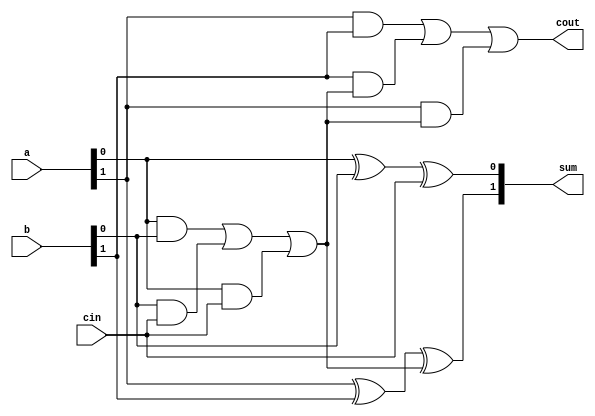
`timescale 1ns / 1ps
//////////////////////////////////////////////////////////////////////////////////
// Company: 
// Engineer: 
// 
// Design Name: 
// Module Name: fulladder
// Project Name: 
// Target Devices: 
// Tool Versions: 
// Description: 
// 
// Dependencies: 
// 
// Revision:
// Revision 0.01 - File Created
// Additional Comments:
// 
//////////////////////////////////////////////////////////////////////////////////



module fulladder    #(parameter N=2)
    (input [N-1:0] a,
    input [N-1:0] b,
    input cin,
    output [N-1:0] sum,
    output cout);
    wire c[N:0];
    genvar i;
    assign c[0]=cin;
    assign cout=c[N];
    generate for(i=0;i<N;i=i+1)
    begin  
    wire d,e,f;
    xor(sum[i],a[i],b[i],c[i]);
    and(d,a[i],b[i]);
    and(e,b[i],c[i]);
    and(f,a[i],c[i]);
    or(c[i+1],d,e,f);
    end
    endgenerate
    
 endmodule